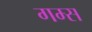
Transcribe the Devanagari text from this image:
गम्स